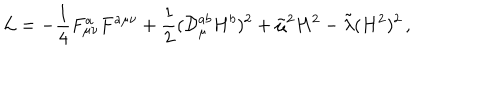
LaTeX: { \cal L } = - \frac { 1 } { 4 } F _ { \mu \nu } ^ { a } F ^ { a \mu \nu } + \frac { 1 } { 2 } ( { \cal D } _ { \mu } ^ { a b } H ^ { b } ) ^ { 2 } + \tilde { \mu } ^ { 2 } H ^ { 2 } - \tilde { \lambda } ( H ^ { 2 } ) ^ { 2 } \, ,